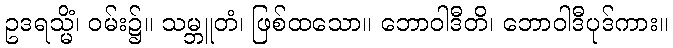
ဥဒရသ္မိံ၊ ဝမ်း၌။ သမ္ဘူတံ၊ ဖြစ်ထသော။ ဘောဝါဒီတိ၊ ဘောဝါဒီပုဒ်ကား။